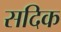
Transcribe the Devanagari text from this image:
सदिक